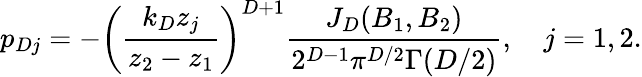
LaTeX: p_{Dj}=-\left(\frac{k_{D}z_{j}}{z_{2}-z_{1}}\right)^{D+1}\frac{J_{D}(B_{1},B_{2})}{2^{D-1}\pi^{D/2}\Gamma(D/2)},\quad j=1,2.